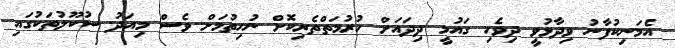
އެމަނިކުފާނު ވިދާޅުވީ ދިވެހި ގައުމީ ދިދައަށް ހުރުމަތްތެރިކޮށް ނުހިތުމަށް ވެސް މިއަދު ސުކޫލުތަކުގައި